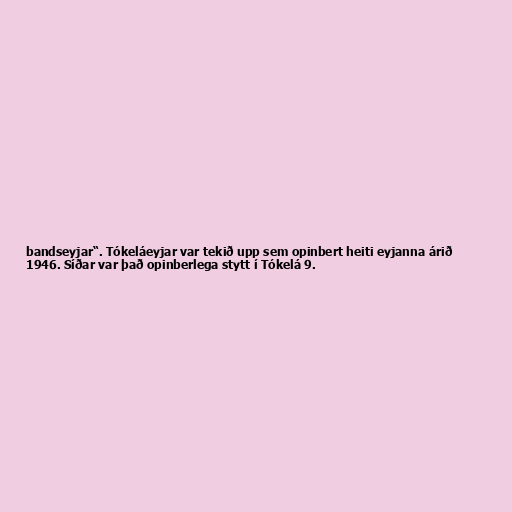
bandseyjar“. Tókeláeyjar var tekið upp sem opinbert heiti eyjanna árið
1946. Síðar var það opinberlega stytt í Tókelá 9.